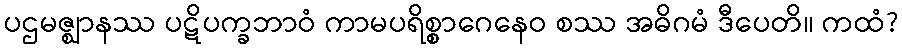
ပဌမဇ္ဈာနဿ ပဋိပက္ခဘာဝံ ကာမပရိစ္စာဂေနေဝ စဿ အဓိဂမံ ဒီပေတိ။ ကထံ?